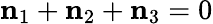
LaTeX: \mathbf n_{1}+\mathbf n_{2}+\mathbf n_{3}=0